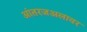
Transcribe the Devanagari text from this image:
आंतरजअलावर